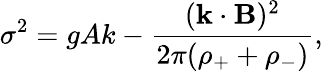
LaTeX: \sigma^{2}=gA\textit{k}-\frac{(\textbf{k}\cdot{\mathbf B})^{2}}{2\pi(\rho_{+}+\rho_{-})},